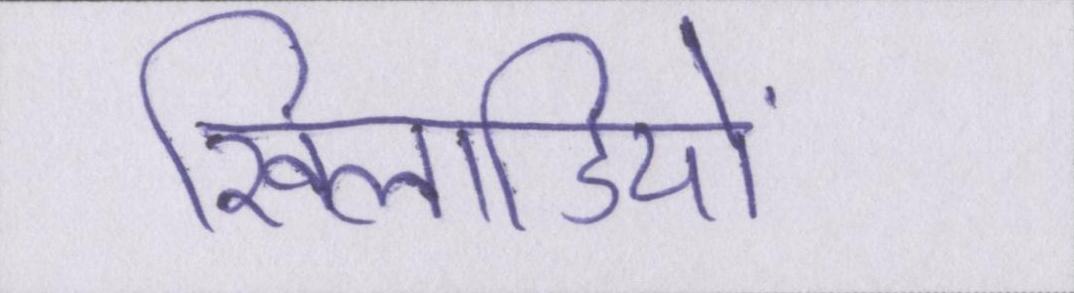
खिलाडियों